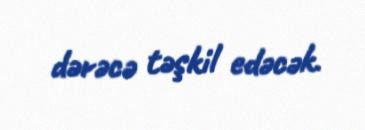
dərəcə təşkil edəcək.